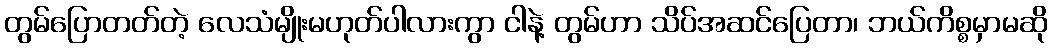
တွမ်ပြောတတ်တဲ့ လေသံမျိုးမဟုတ်ပါလားကွာ ငါနဲ့ တွမ်ဟာ သိပ်အဆင်ပြေတာ၊ ဘယ်ကိစ္စမှာမဆို